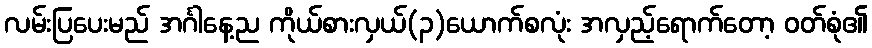
လမ်းပြပေးမည် အင်္ဂါနေ့ည ကိုယ်စားလှယ်(၃)ယောက်စလုံး အလှည့်ရောက်တော့ ဝတ်စုံ၏